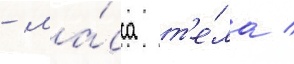
- ма́сса т'е́ла /